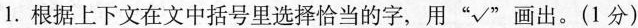
1.根据上下文在文中括号里选择恰当的字，用”√”画出。(1分)